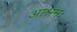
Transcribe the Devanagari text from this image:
आश्रमः